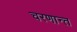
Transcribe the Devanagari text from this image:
चरणान्त